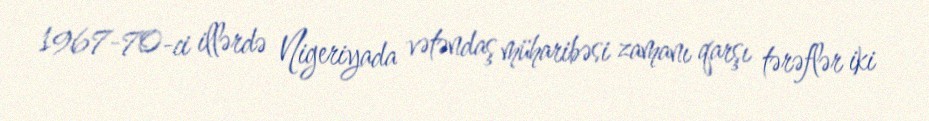
1967-70-ci illərdə Nigeriyada vətəndaş müharibəsi zamanı qarşı tərəflər iki